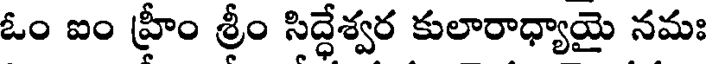
ఓం ఐం హ్రీం శ్రీం సిద్ధేశ్వర కులారాధ్యాయై నమః